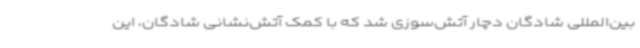
بین‌المللی شادگان دچار آتش‌سوزی شد که با کمک آتش‌نشانی شادگان، این